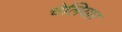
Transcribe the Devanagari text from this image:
चेलियार